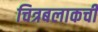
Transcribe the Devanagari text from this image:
चित्रबलाकची